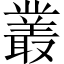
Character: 叢